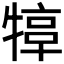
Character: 𤚮